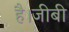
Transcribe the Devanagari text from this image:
है।जीबी